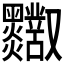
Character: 𪒸